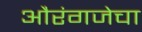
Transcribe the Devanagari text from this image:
औरंगजेचा